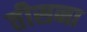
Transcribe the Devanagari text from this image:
तीसना